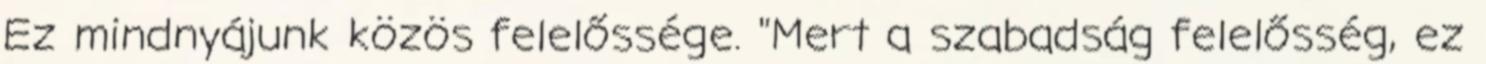
Ez mindnyájunk közös felelőssége. "Mert a szabadság felelősség, ez